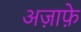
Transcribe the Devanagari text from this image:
अज़ाफ़े